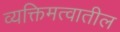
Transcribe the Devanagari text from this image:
व्यक्तिमत्वातील